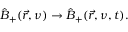
\hat { B } _ { + } ( \vec { r } , \nu ) \to \hat { B } _ { + } ( \vec { r } , \nu , t ) .